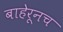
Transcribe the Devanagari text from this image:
बाहेरूनच